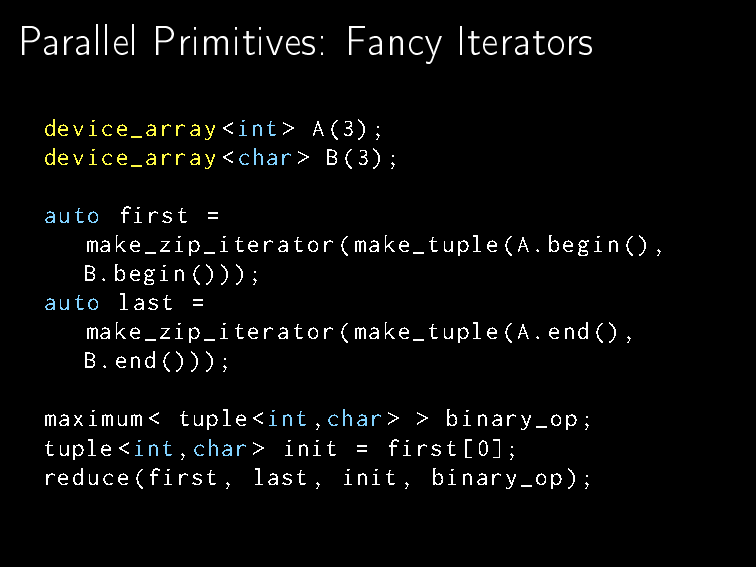
Parallel Primitives:  Fancy  Iterators
 device_array<int> A(3);
 device_array<char> B(3);
 auto first =
 make_zip_iterator(make_tuple(A.begin(),
 B.begin()));
 auto last =
 make_zip_iterator(make_tuple(A.end(),
 B.end()));
 maximum< tuple<int,char> > binary_op;
 tuple<int,char> init = first[0];
 reduce(first, last, init, binary_op);